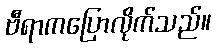
ဗီရာကပြောလိုက်သည်။